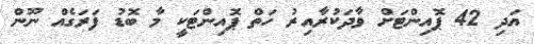
އަދި 42 ޕޮއިންޓަށް ވާދަކުރާއިރު ހަތް ޕޮއިންޓަކީ މާ ބޮޑު ފަރަގެއް ނޫން